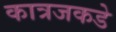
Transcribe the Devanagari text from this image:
कात्रजकडे